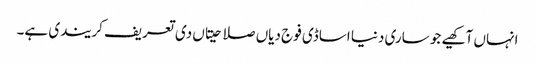
انہاں آکھیے جو ساری دنیا اساڈی فوج دیاں صلاحیتاں دی تعریف کریندی ہے۔